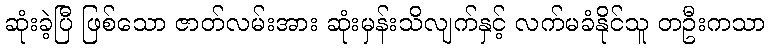
ဆုံးခဲ့ပြီ ဖြစ်သော ဇာတ်လမ်းအား ဆုံးမှန်းသိလျက်နှင့် လက်မခံနိုင်သူ တဦးကသာ